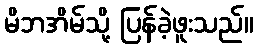
မိဘအိမ်သို့ ပြန်ခဲ့ဖူးသည်။